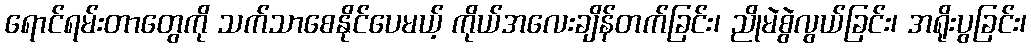
ရောင်ရမ်းတာတွေကို သက်သာစေနိုင်ပေမယ့် ကိုယ်အလေးချိန်တက်ခြင်း၊ ညိုမဲစွဲလွယ်ခြင်း၊ အရိုးပွခြင်း၊